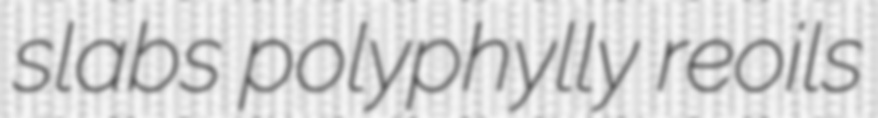
slabs polyphylly reoils